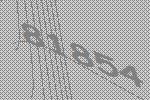
81854